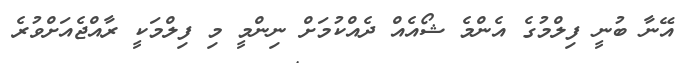
އޭނާ ބުނީ ފިލްމުގެ އެންމެ ޝޯއެއް ދެއްކުމަށް ނިންމީ މި ފިލްމަކީ ރާއްޖެއަށްވުރެ